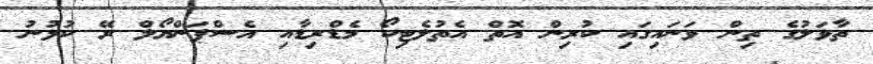
ތާވަލުގެ ތިން ވަނައިގައި ކުރިން އޮތް އެތުލެޓިކޯ މެޑްރިޑާއި އެސްޕަންޔޯލް ރޭ ކުޅުނު